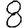
Digit: 8